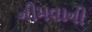
નીમવાની